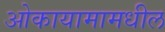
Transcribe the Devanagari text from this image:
ओकायामामधील